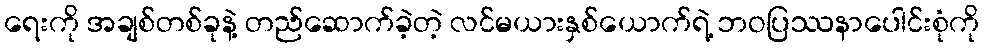
ရေးကို အချစ်တစ်ခုနဲ့ တည်ဆောက်ခဲ့တဲ့ လင်မယားနှစ်ယောက်ရဲ့ ဘဝပြဿနာပေါင်းစုံကို